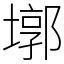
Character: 墎